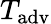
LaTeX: T_{\mathrm{adv}}